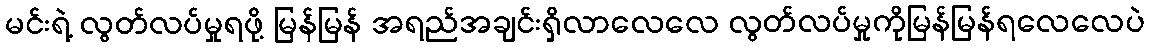
မင်းရဲ့ လွတ်လပ်မှုရဖို့ မြန်မြန် အရည်အချင်းရှိလာလေလေ လွတ်လပ်မှုကိုမြန်မြန်ရလေလေပဲ